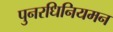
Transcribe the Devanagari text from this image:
पुनरधिनियमन